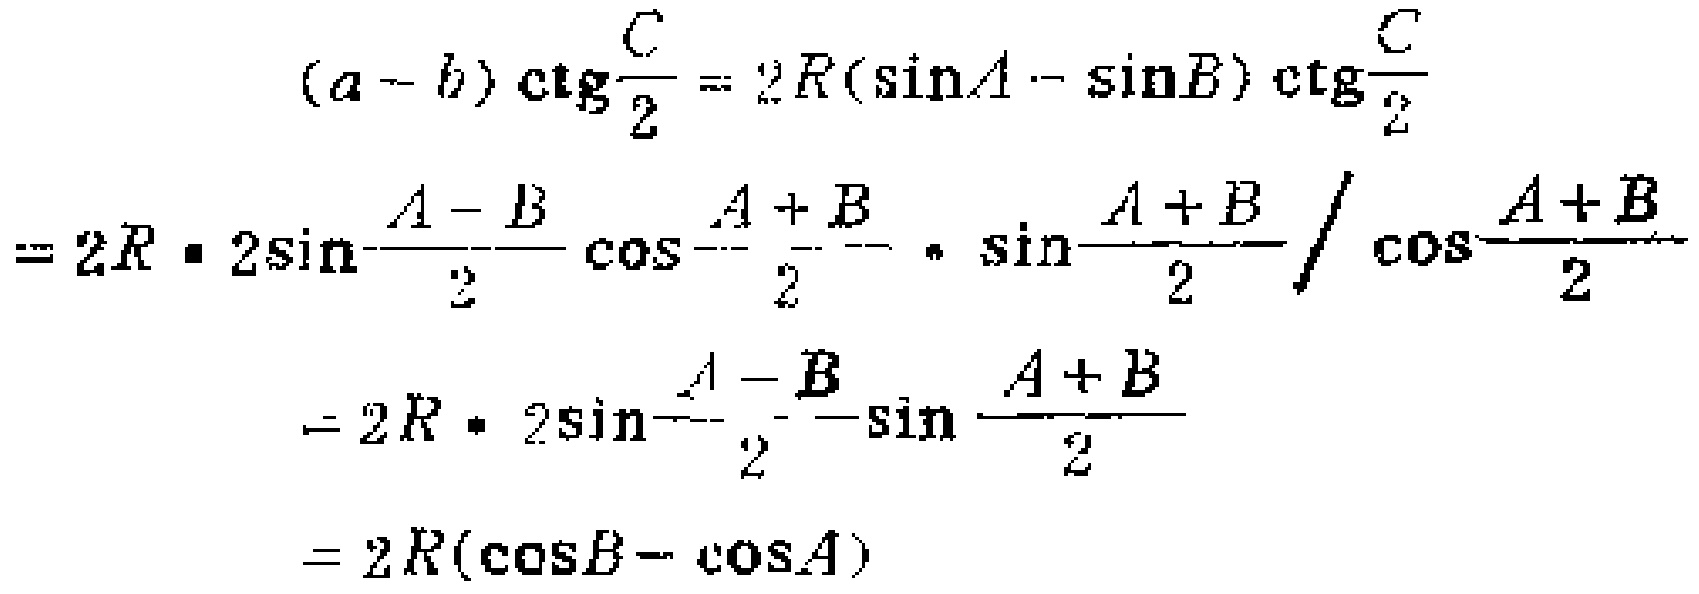
\begin{align*}
(a - b)\ctg\frac{C}{2} &= 2R(\sin A - \sin B)\ctg\frac{C}{2}\\
&= 2R\cdot 2\sin\frac{A - B}{2}\cos\frac{A + B}{2}\cdot\sin\frac{A + B}{2}/\cos\frac{A + B}{2}\\
&= 2R\cdot 2\sin\frac{A - B}{2}\sin\frac{A + B}{2}\\
&= 2R(\cos B - \cos A)
\end{align*}